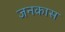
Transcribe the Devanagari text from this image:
जनकास